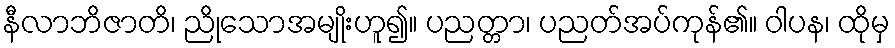
နီလာဘိဇာတိ၊ ညိုသောအမျိုးဟူ၍။ ပညတ္တာ၊ ပညတ်အပ်ကုန်၏။ ဝါပန၊ ထိုမှ